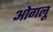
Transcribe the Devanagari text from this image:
ओगलू